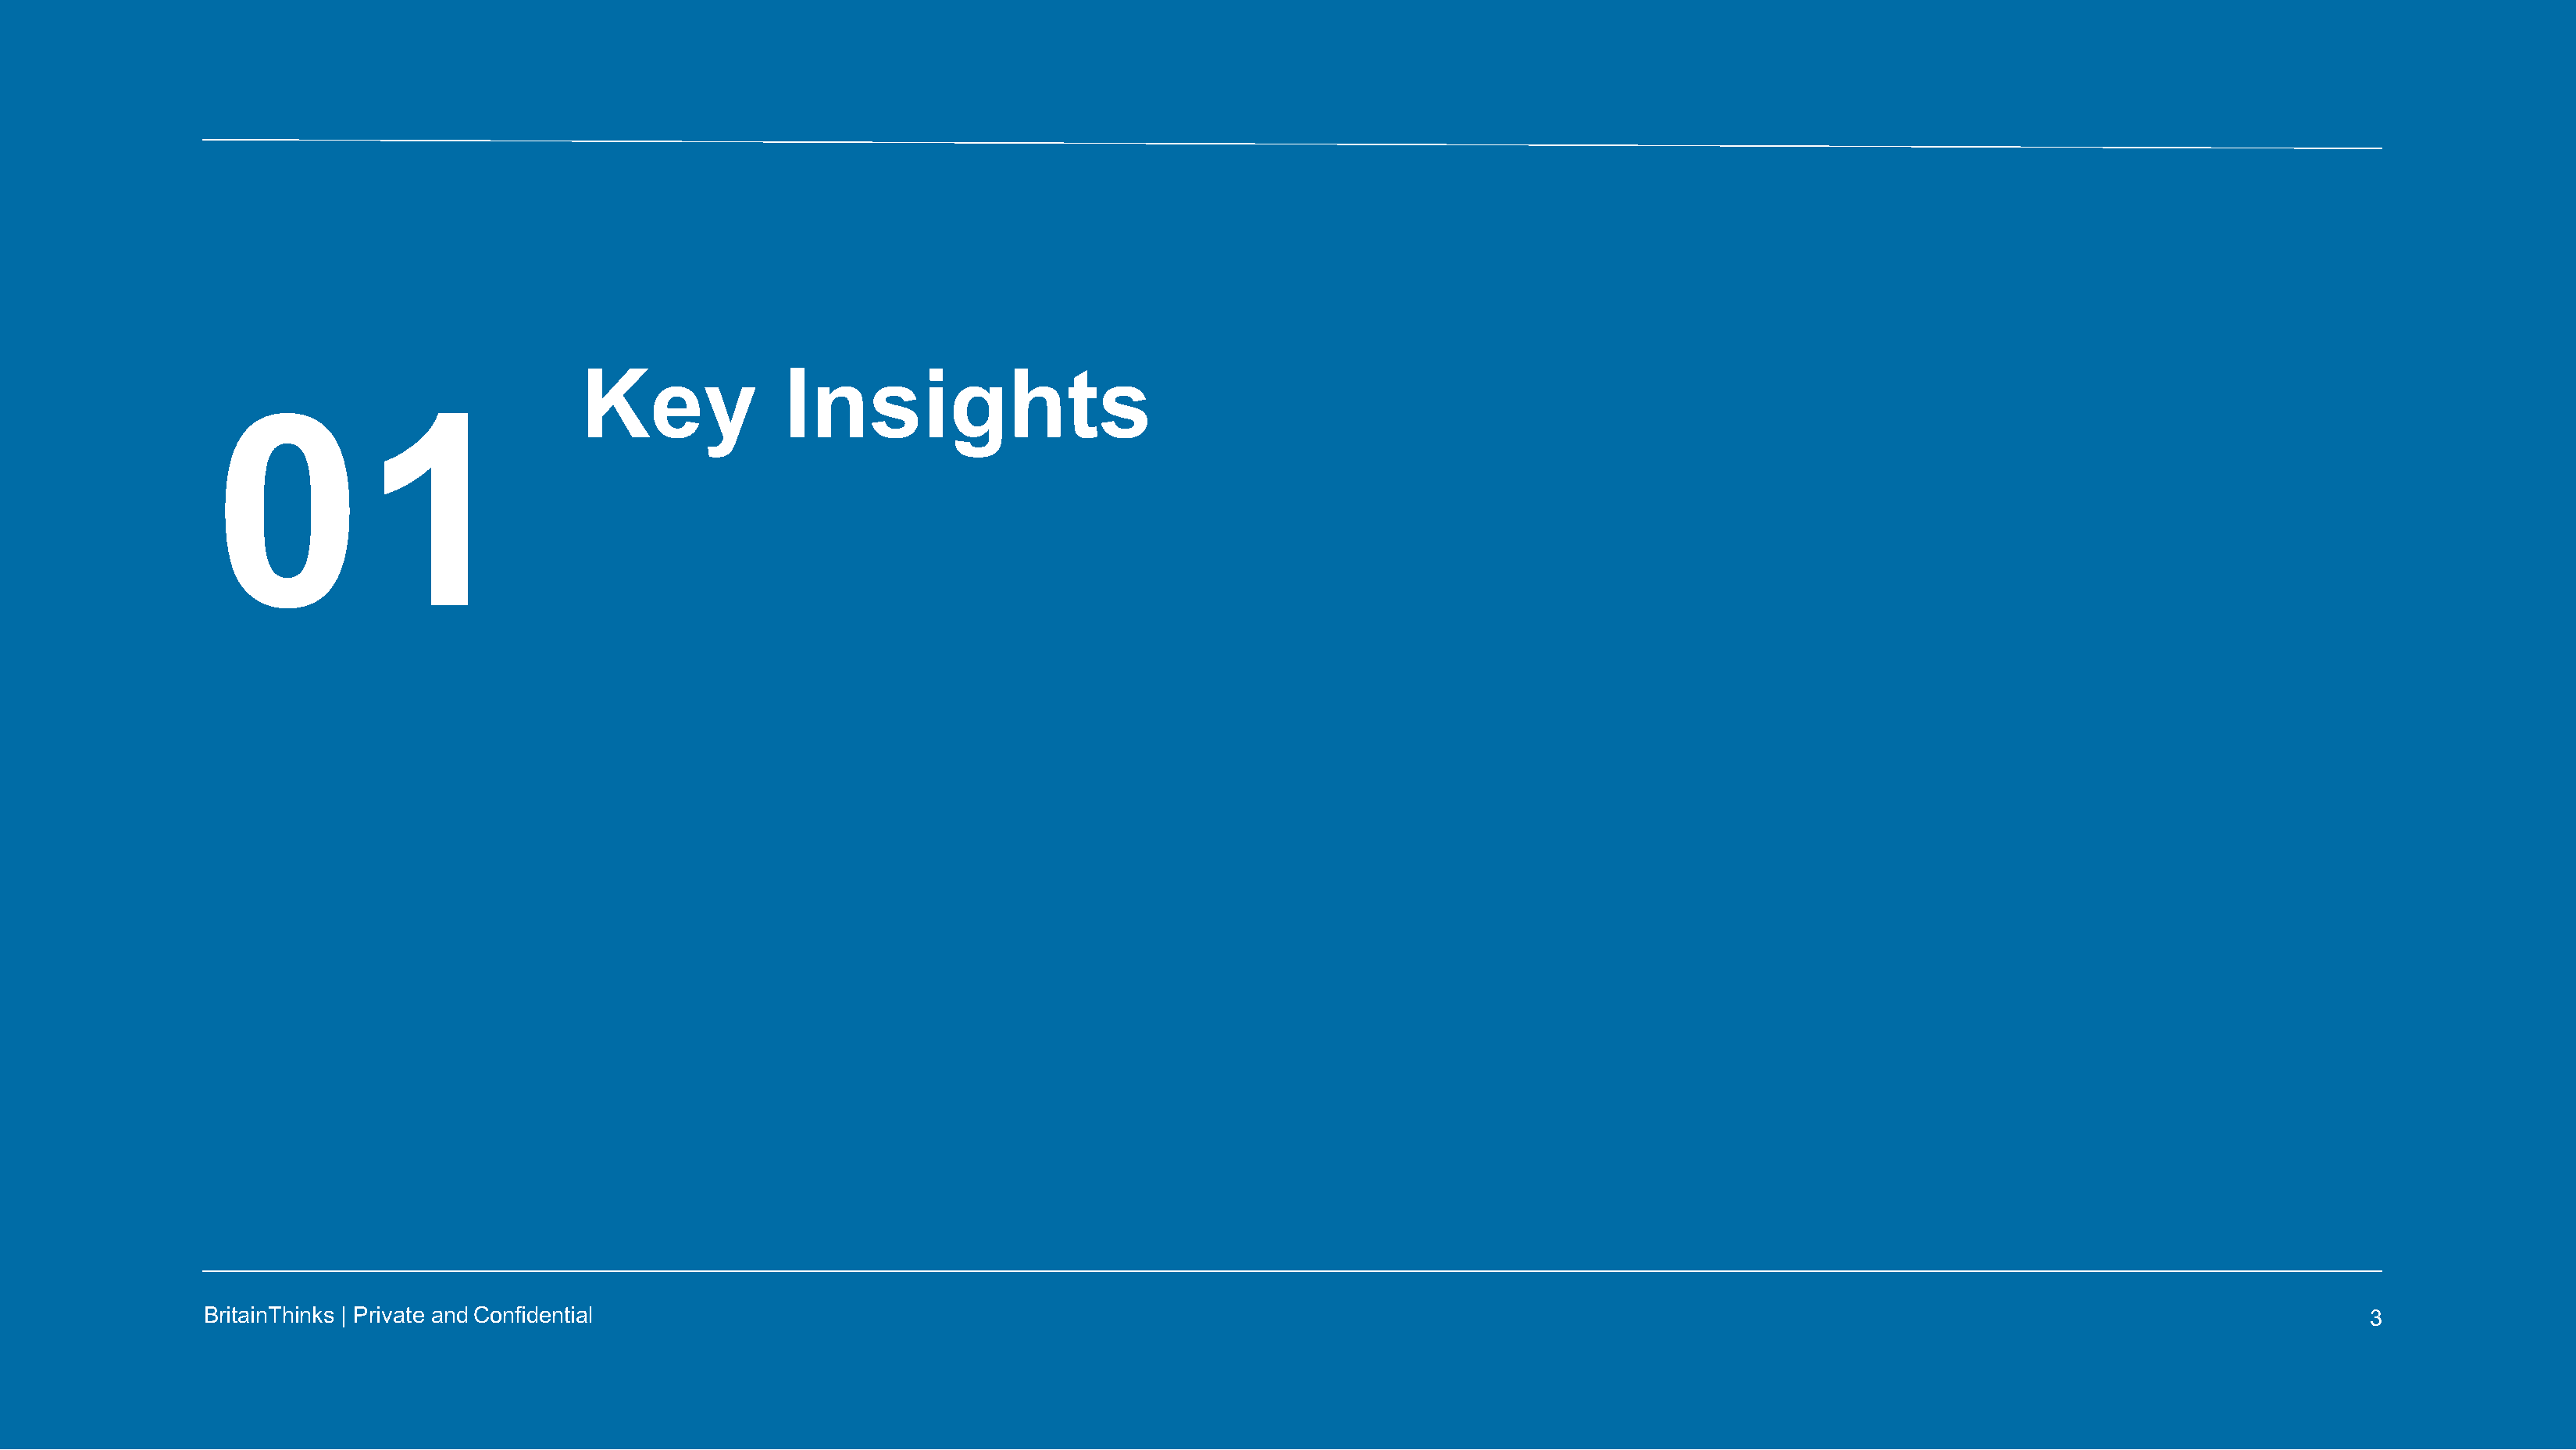
Key              Insights
 01
 BritainThinks | Private andConfidential                                                                                                                                                 3